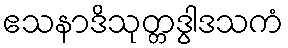
ဧသနာဒိသုတ္တဒွါဒသကံ